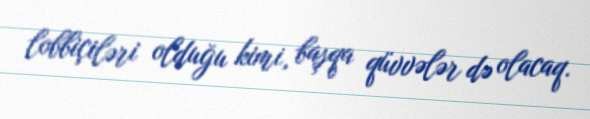
lobbiçiləri olduğu kimi, başqa qüvvələr də olacaq.